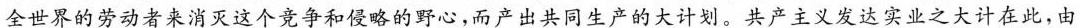
全世界的劳动者来消灭这个竞争和侵略的野心，而产出共同生产的大计划。共产主义发达实业之大计在此，由